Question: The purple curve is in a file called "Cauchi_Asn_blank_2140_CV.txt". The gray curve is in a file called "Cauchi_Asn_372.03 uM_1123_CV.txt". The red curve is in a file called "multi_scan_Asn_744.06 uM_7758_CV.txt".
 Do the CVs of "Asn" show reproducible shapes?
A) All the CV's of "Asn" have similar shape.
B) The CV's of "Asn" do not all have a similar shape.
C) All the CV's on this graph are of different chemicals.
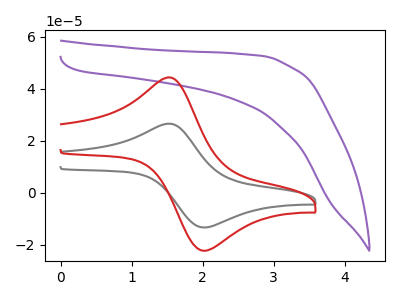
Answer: <think>The purple curve "Asn blank" has no peaks. The gray curve "Asn 372.03 uM" has an anodic peak at (1.55V, 26.40uA) and a cathodic peak at (2.05V, -13.35uA). The red curve "Asn 744.06 uM" has an anodic peak at (1.55V, 44.10uA) and a cathodic peak at (2.05V, -22.25uA).
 "Asn blank" and "Asn 372.03 uM" have a different number of peaks. "Asn blank" and "Asn 744.06 uM" have a different number of peaks. All the peaks in "Asn 372.03 uM" have a peak in "Asn 744.06 uM" at the same potential. Every peak in "Asn 372.03 uM" is lower than every peak in "Asn 744.06 uM".</think>
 <answer>A) All the CV's of "Asn" have similar shape.</answer>
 <eval>A</eval>